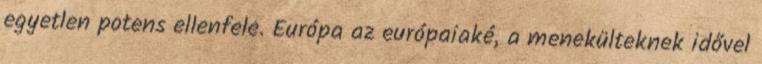
egyetlen potens ellenfele. Európa az európaiaké, a menekülteknek idővel